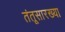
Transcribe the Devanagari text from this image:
तंतूसारख्या